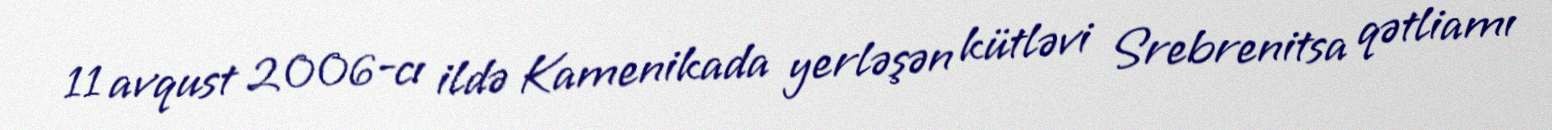
11 avqust 2006-cı ildə Kamenikada yerləşən kütləvi Srebrenitsa qətliamı